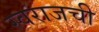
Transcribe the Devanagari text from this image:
स्वराजची